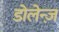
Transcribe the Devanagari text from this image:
डोलेन्ज़